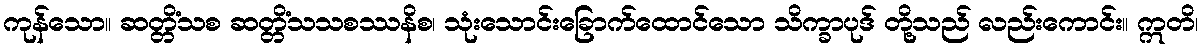
ကုန်သော။ ဆတ္တိံသစ ဆတ္တိံသသစဿနိစ၊ သုံးသောင်းခြောက်ထောင်သော သိက္ခာပုဒ် တို့သည် လည်းကောင်း။ ဣတိ၊